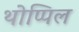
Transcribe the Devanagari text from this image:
थोप्पिल